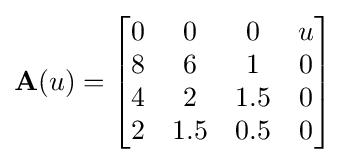
\mathbf {A} (u)={\begin{bmatrix}0&0&0&u\\8&6&1&0\\4&2&1.5&0\\2&1.5&0.5&0\\\end{bmatrix}}